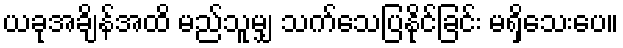
ယခုအချိန်အထိ မည်သူမျှ သက်သေပြနိုင်ခြင်း မရှိသေးပေ။